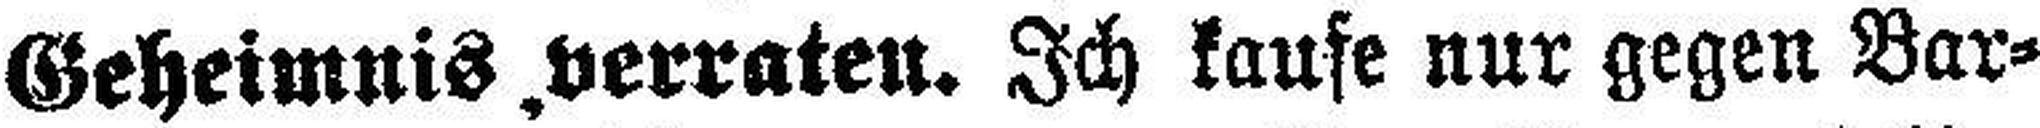
Geheimnis „verraten. Ich kaufe nur gegen Bar¬